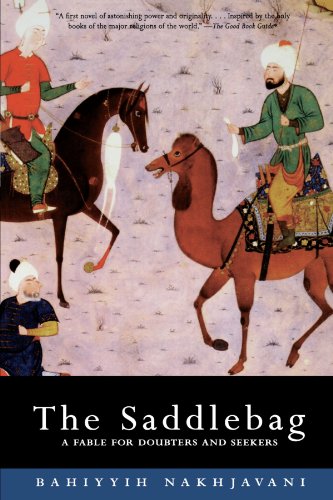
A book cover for The Saddlebag: A Fable for Doubters and Seekers (Bluestreak); Bahiyyih Nakhjavani; Literature & Fiction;